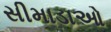
સીમાડાઓ